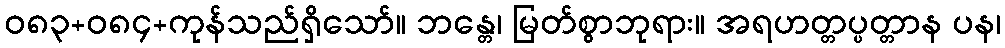
ဝ၈၃+၀၈၄+ကုန်သည်ရှိသော်။ ဘန္တေ၊ မြတ်စွာဘုရား။ အရဟတ္တပ္ပတ္တာန ပန၊